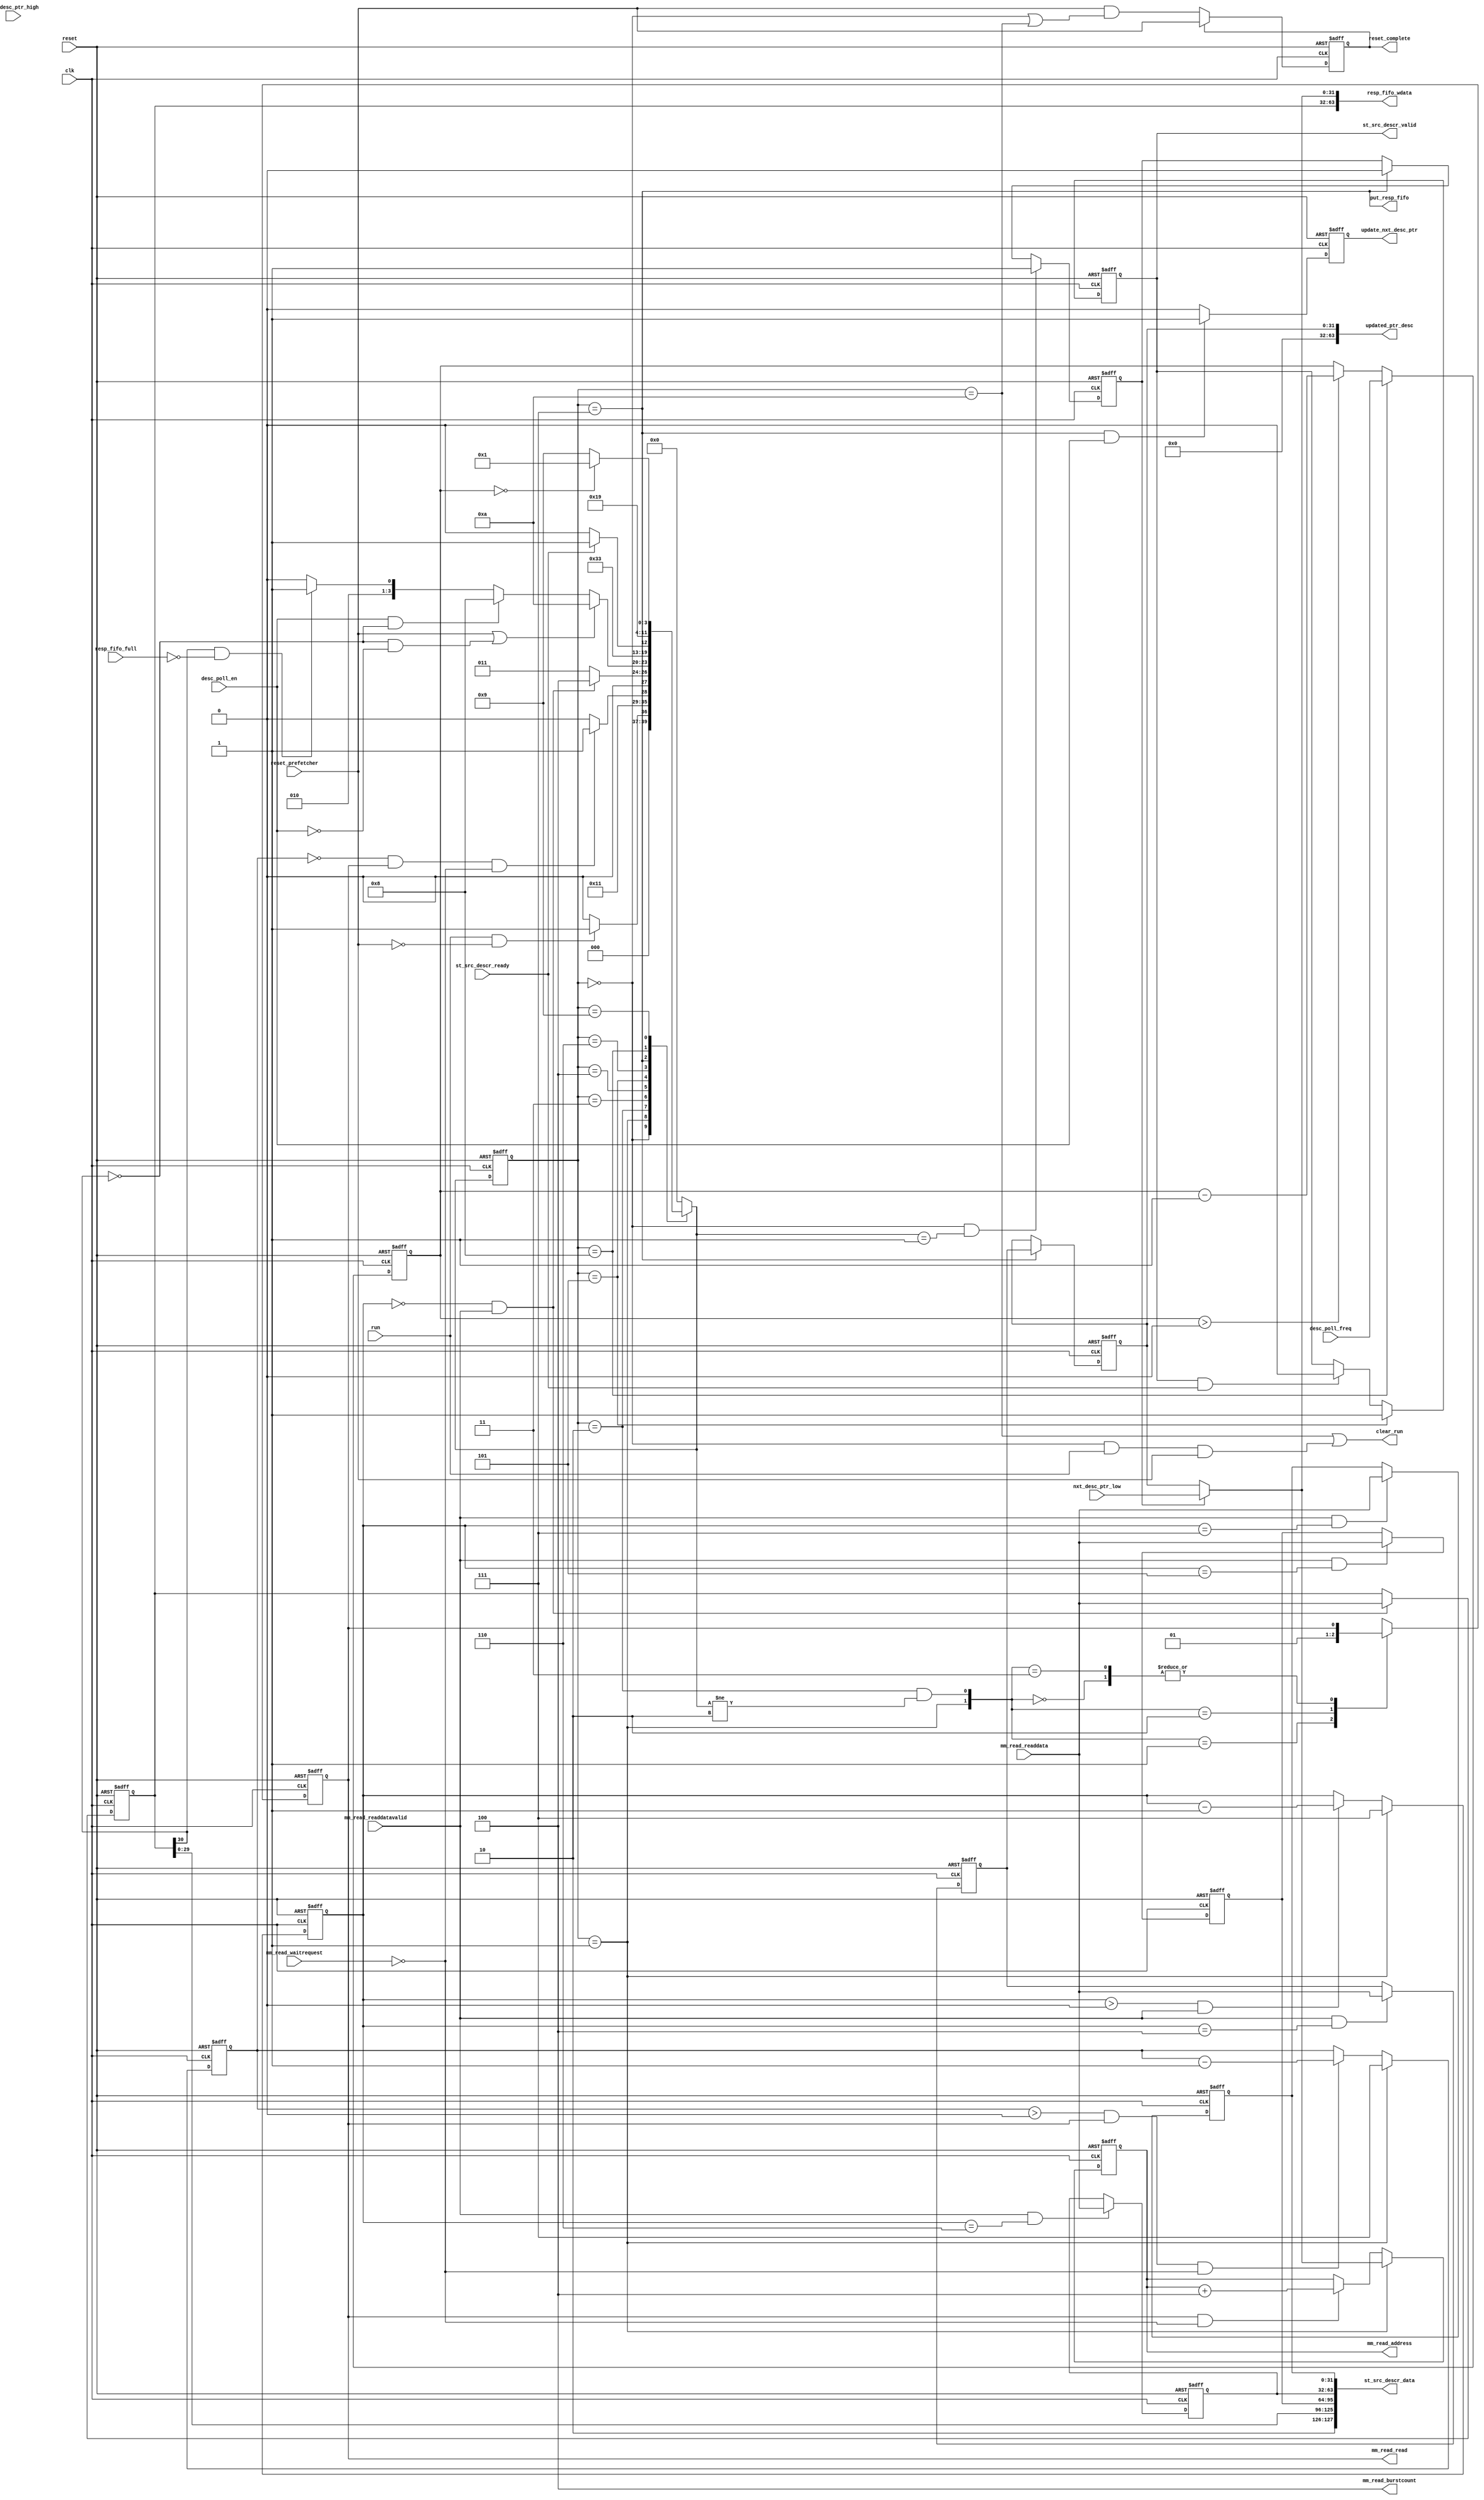
// (C) 2001-2020 Intel Corporation. All rights reserved.
// Your use of Intel Corporation's design tools, logic functions and other 
// software and tools, and its AMPP partner logic functions, and any output 
// files from any of the foregoing (including device programming or simulation 
// files), and any associated documentation or information are expressly subject 
// to the terms and conditions of the Intel Program License Subscription 
// Agreement, Intel FPGA IP License Agreement, or other applicable 
// license agreement, including, without limitation, that your use is for the 
// sole purpose of programming logic devices manufactured by Intel and sold by 
// Intel or its authorized distributors.  Please refer to the applicable 
// agreement for further details.


// synthesis translate_off
`timescale 1ns / 1ps
// synthesis translate_on

module altera_msgdma_prefetcher_read #(
    parameter ENHANCED_FEATURES = 0,
    parameter ENABLE_READ_BURST = 0,
    parameter MAX_READ_BURST_COUNT = 4,
    parameter MAX_READ_BURST_COUNT_WIDTH = 3,
    parameter DATA_WIDTH = 32,
    parameter ADDRESS_WIDTH = 32,
    parameter DESCRIPTOR_WIDTH = 128,
    parameter RESPONSE_FIFO_WIDTH = 64

) (
    input                                           clk,
    input                                           reset,

    input [DATA_WIDTH-1:0]                          mm_read_readdata,
    input                                           mm_read_waitrequest,
    input                                           mm_read_readdatavalid,
    output reg [ADDRESS_WIDTH-1:0]                  mm_read_address,
    output reg                                      mm_read_read,
    output [MAX_READ_BURST_COUNT_WIDTH-1:0]         mm_read_burstcount,

    input                                           st_src_descr_ready,
    output reg                                      st_src_descr_valid,
    output [DESCRIPTOR_WIDTH-1:0]                   st_src_descr_data,

    input                                           resp_fifo_full,
    output                                          put_resp_fifo,
    output [RESPONSE_FIFO_WIDTH-1:0]                resp_fifo_wdata,

    input                                           run,
    input                                           reset_prefetcher,
    input [31:0]                                    nxt_desc_ptr_low,
    input [31:0]                                    nxt_desc_ptr_high,
    input                                           desc_poll_en,
    input [15:0]                                    desc_poll_freq,
    output                                          clear_run,
    output reg                                      update_nxt_desc_ptr,
    output [63:0]                                   updated_ptr_desc,
    output reg                                      reset_complete

);



// y = log2(x)
function integer log2;
    input integer x;
    begin
        x = x-1;
        for(log2=0; x>0; log2=log2+1)
            x = x>>1;
    end
endfunction


localparam PREFETCHER_DESCRIPTOR_WIDTH  = DESCRIPTOR_WIDTH * 2;
localparam NUM_RD_REQ                   = (ENABLE_READ_BURST == 1) ? (PREFETCHER_DESCRIPTOR_WIDTH / (DATA_WIDTH * MAX_READ_BURST_COUNT)) : (PREFETCHER_DESCRIPTOR_WIDTH / DATA_WIDTH);
localparam NUM_TOTAL_BURST_BEAT         = PREFETCHER_DESCRIPTOR_WIDTH / DATA_WIDTH;
localparam RD_REQ_CNT_WIDTH             = (NUM_RD_REQ == 1) ? 1 : log2(NUM_RD_REQ);
localparam BURST_BEAT_CNT_WIDTH         = (NUM_TOTAL_BURST_BEAT == 1) ? 1 : log2(NUM_TOTAL_BURST_BEAT);
localparam RD_ADDR_INCR                 = (ENABLE_READ_BURST == 1) ? ((DATA_WIDTH * MAX_READ_BURST_COUNT) / 8) : (DATA_WIDTH / 8);
localparam DESCRIPTOR_DEPTH             = PREFETCHER_DESCRIPTOR_WIDTH / DATA_WIDTH;



reg [3:0]                       ctrl_state;
reg [3:0]                       ctrl_state_nxt;
reg                             mm_read_read_nxt;
reg [RD_REQ_CNT_WIDTH-1:0]      rd_req_cnt;
reg [RD_REQ_CNT_WIDTH-1:0]      rd_req_cnt_nxt;
reg [BURST_BEAT_CNT_WIDTH-1:0]  rd_burst_cnt;
reg [BURST_BEAT_CNT_WIDTH-1:0]  rd_burst_cnt_nxt;
reg [ADDRESS_WIDTH-1:0]         ptr_desc;
reg [DATA_WIDTH-1:0]            descriptor_internal [0:DESCRIPTOR_DEPTH-1];
reg [15:0]                      poll_cnt;
reg [15:0]                      poll_cnt_nxt;
reg                             load_from_ptr_reg;


wire                                rd_wait_done;
wire                                rd_pend_done;
wire                                poll_wait_done;
wire                                owned_by_hardware;
wire                                set_mm_read_read;
wire                                clr_mm_read_read;
wire [63:0]                         ptr_reg;
wire                                load_ptr_reg;
wire [ADDRESS_WIDTH-1:0]            ptr_desc_nxt;
wire [ADDRESS_WIDTH-1:0]            nxt_desc_ptr_to_fifo_unmask;
wire [RESPONSE_FIFO_WIDTH-33:0]     nxt_desc_ptr_to_fifo;
wire                                poll_load_state;
wire                                wr_req_state;
wire                                rd_req_state;
wire                                clr_run_state;
wire                                idle_state;
wire                                wr_done_state;
wire                                reset_complete_nxt;

localparam [3:0]    IDLE        = 4'b0000; 
localparam [3:0]    RD_REQ      = 4'b0001; 
localparam [3:0]    RD_WAIT     = 4'b0010; 
localparam [3:0]    RD_PEND     = 4'b0011; 
localparam [3:0]    RD_DONE     = 4'b0100; 
localparam [3:0]    WR_REQ      = 4'b0101; 
localparam [3:0]    WR_WAIT     = 4'b0110; 
localparam [3:0]    WR_DONE     = 4'b0111; 
localparam [3:0]    POLL_LOAD   = 4'b1000; 
localparam [3:0]    POLL_WAIT   = 4'b1001; 
localparam [3:0]    CLR_RUN     = 4'b1010; 



//--------------------------------------------------------------------------------------------//
// Main FSM
//--------------------------------------------------------------------------------------------//
always @(posedge clk or posedge reset) begin
    if (reset)
        ctrl_state  <= IDLE;
    else
        ctrl_state  <= ctrl_state_nxt;
end



always @* begin
    case (ctrl_state)
        IDLE: begin
            if (run & ~reset_prefetcher)
                ctrl_state_nxt  = RD_REQ;
            else
                ctrl_state_nxt  = IDLE;
        end

        RD_REQ: begin
            ctrl_state_nxt  = RD_WAIT;
        end
        
        RD_WAIT: begin
            if (rd_wait_done)
                ctrl_state_nxt  = RD_PEND;
            else
                ctrl_state_nxt  = RD_WAIT;
        end

        RD_PEND: begin
            if (rd_pend_done)
                ctrl_state_nxt  = RD_DONE;
            else
                ctrl_state_nxt  = RD_PEND;
        end

        RD_DONE: begin
            if (reset_prefetcher | (~owned_by_hardware & ~desc_poll_en)) // The completion of read request will be the point where reset_prefetcher takes effects
                ctrl_state_nxt  = CLR_RUN;
            else if (desc_poll_en & ~owned_by_hardware)
                ctrl_state_nxt  = POLL_LOAD;
            else if (owned_by_hardware & ~resp_fifo_full)
                ctrl_state_nxt  = WR_REQ;
            else
                ctrl_state_nxt  = RD_DONE;
        end

        WR_REQ: begin
            ctrl_state_nxt  = WR_WAIT;
        end

        WR_WAIT: begin
            if (st_src_descr_ready)
                ctrl_state_nxt  = WR_DONE;
            else
                ctrl_state_nxt  = WR_WAIT;
        end
        
        WR_DONE: begin
            ctrl_state_nxt  = RD_REQ;
        end

        POLL_LOAD: begin
            ctrl_state_nxt  = POLL_WAIT;
        end

        POLL_WAIT: begin
            if (poll_wait_done)
                ctrl_state_nxt  = RD_REQ;
            else
                ctrl_state_nxt  = POLL_WAIT;
        end

        CLR_RUN: begin
            ctrl_state_nxt  = IDLE;
        end

        default: begin
            ctrl_state_nxt  = IDLE;
        end

    endcase
end



//--------------------------------------------------------------------------------------------//
// RD REQ Counter
//--------------------------------------------------------------------------------------------//
always @(posedge clk or posedge reset) begin
    if (reset)
        rd_req_cnt  <= 0;
    else
        rd_req_cnt  <= rd_req_cnt_nxt;
end

always @* begin
    if (set_mm_read_read)
        rd_req_cnt_nxt = (NUM_RD_REQ - 1);
    else if ((rd_req_cnt > 0) & mm_read_read & ~mm_read_waitrequest)
        rd_req_cnt_nxt = rd_req_cnt - 1;
    else
        rd_req_cnt_nxt = rd_req_cnt;
end



//--------------------------------------------------------------------------------------------//
// RD BURST BEAT Counter
//--------------------------------------------------------------------------------------------//
always @(posedge clk or posedge reset) begin
    if (reset)
        rd_burst_cnt    <= 0;
    else
        rd_burst_cnt    <= rd_burst_cnt_nxt;
end

always @* begin
    if (set_mm_read_read)
        rd_burst_cnt_nxt = (NUM_TOTAL_BURST_BEAT - 1);
    else if ((rd_burst_cnt > 0) & mm_read_readdatavalid)
        rd_burst_cnt_nxt = rd_burst_cnt - 1;
    else
        rd_burst_cnt_nxt = rd_burst_cnt;
end



//--------------------------------------------------------------------------------------------//
// Descriptor Poll Counter
//--------------------------------------------------------------------------------------------//
always @(posedge clk or posedge reset) begin
    if (reset)
        poll_cnt    <= 0;
    else
        poll_cnt    <= poll_cnt_nxt;
end

always @* begin
    if (poll_load_state)
        poll_cnt_nxt = desc_poll_freq;
    else if (poll_cnt > 0)
        poll_cnt_nxt = poll_cnt - 1;
    else
        poll_cnt_nxt = poll_cnt;
end



//--------------------------------------------------------------------------------------------//
// Avalon MM Read descriptor registers
//--------------------------------------------------------------------------------------------//
always @(posedge clk or posedge reset) begin
    if (reset)
        mm_read_read    <= 1'b0;
    else
        mm_read_read    <= mm_read_read_nxt;
end

always @* begin
    case ({set_mm_read_read, clr_mm_read_read})
        2'b00: mm_read_read_nxt     = mm_read_read;
        2'b01: mm_read_read_nxt     = 1'b0;
        2'b10: mm_read_read_nxt     = 1'b1;
        2'b11: mm_read_read_nxt     = mm_read_read;
        default: mm_read_read_nxt   = 1'b0;
    endcase
end



always @(posedge clk or posedge reset) begin
    if (reset)
        mm_read_address <= 0;
    else if (set_mm_read_read)
        mm_read_address <= (load_from_ptr_reg ? ptr_reg[ADDRESS_WIDTH-1:0] : ptr_desc[ADDRESS_WIDTH-1:0]);
    else if (mm_read_read & ~mm_read_waitrequest)
        mm_read_address <= mm_read_address + RD_ADDR_INCR;
    else
        mm_read_address <= mm_read_address;
end

assign mm_read_burstcount = MAX_READ_BURST_COUNT;   // If read burst mode is disabled, this signal is not exported out at mSGDMA top level 




//--------------------------------------------------------------------------------------------//
// Descriptor internal register
//--------------------------------------------------------------------------------------------//
genvar i;
generate
    for (i=0; i<DESCRIPTOR_DEPTH; i=i+1) begin : descriptor_array_loop
        always @(posedge clk or posedge reset) begin
            if (reset)
                descriptor_internal[DESCRIPTOR_DEPTH-1-i] <= {DATA_WIDTH{1'b0}};
            else if (mm_read_readdatavalid & (rd_burst_cnt == i))
                descriptor_internal[DESCRIPTOR_DEPTH-1-i] <= mm_read_readdata;
        end
    end
endgenerate


always @(posedge clk or posedge reset) begin
    if (reset)
        ptr_desc    <= 0;
    else if (wr_done_state)
        ptr_desc    <= ptr_desc_nxt;
    else
        ptr_desc    <= ptr_desc;
end


always @(posedge clk or posedge reset) begin
    if (reset)
        update_nxt_desc_ptr     <= 1'b0;
    else if (wr_done_state & desc_poll_en)
        update_nxt_desc_ptr     <= 1'b1;
    else
        update_nxt_desc_ptr     <= 1'b0;
end

generate
if (ADDRESS_WIDTH == 64) begin
    assign updated_ptr_desc = ptr_desc;
end
else begin
    assign updated_ptr_desc = {{(64 - ADDRESS_WIDTH){1'b0}}, ptr_desc};
end
endgenerate


always @(posedge clk or posedge reset) begin
    if (reset)
        load_from_ptr_reg   <= 1'b0;
    else if (load_ptr_reg)
        load_from_ptr_reg   <= 1'b1;
    else if (wr_done_state)
        load_from_ptr_reg   <= 1'b0;
end

assign nxt_desc_ptr_to_fifo_unmask = load_from_ptr_reg ? ptr_reg[ADDRESS_WIDTH-1:0] : ptr_desc; 

generate
if (ENHANCED_FEATURES) begin
    if (ADDRESS_WIDTH == 64) begin
        assign nxt_desc_ptr_to_fifo = nxt_desc_ptr_to_fifo_unmask;
    end
    else begin
        assign nxt_desc_ptr_to_fifo = {{(64 - ADDRESS_WIDTH){1'b0}}, nxt_desc_ptr_to_fifo_unmask};
    end
end
else begin
    if (ADDRESS_WIDTH == 32) begin
        assign nxt_desc_ptr_to_fifo = nxt_desc_ptr_to_fifo_unmask;
    end
    else begin
        assign nxt_desc_ptr_to_fifo = {{(32 - ADDRESS_WIDTH){1'b0}}, nxt_desc_ptr_to_fifo_unmask};
    end
end
endgenerate


//--------------------------------------------------------------------------------------------//
// Avalon ST Write Dispatcher registers
//--------------------------------------------------------------------------------------------//
always @(posedge clk or posedge reset) begin
    if (reset)
        st_src_descr_valid  <= 1'b0;
    else if (wr_req_state)
        st_src_descr_valid  <= 1'b1;
    else if (st_src_descr_valid & st_src_descr_ready)
        st_src_descr_valid  <= 1'b0;
    else
        st_src_descr_valid  <= st_src_descr_valid;
end




//--------------------------------------------------------------------------------------------//
// Reset Prefetcher Complete bit
//--------------------------------------------------------------------------------------------//
always @(posedge clk or posedge reset) begin
    if (reset)
        reset_complete  <= 1'b0;
    else
        reset_complete  <= reset_complete_nxt;
end

assign reset_complete_nxt = reset_complete ? reset_prefetcher : (reset_prefetcher & (idle_state | clr_run_state));




//--------------------------------------------------------------------------------------------//
// Combinatorial assignment
//--------------------------------------------------------------------------------------------//
assign rd_req_state         = (ctrl_state == RD_REQ);
assign poll_load_state      = (ctrl_state == POLL_LOAD);
assign wr_req_state         = (ctrl_state == WR_REQ);
assign clr_run_state        = (ctrl_state == CLR_RUN);
assign idle_state           = (ctrl_state == IDLE);
assign wr_done_state        = (ctrl_state == WR_DONE); 

assign set_mm_read_read     = rd_req_state;
assign clr_mm_read_read     = (ctrl_state == RD_WAIT) & (ctrl_state_nxt != RD_WAIT);
assign load_ptr_reg         = (ctrl_state == IDLE) & (ctrl_state_nxt == RD_REQ);

assign ptr_reg              = {nxt_desc_ptr_high, nxt_desc_ptr_low};

assign rd_wait_done         = (rd_req_cnt == 0) & mm_read_read & ~mm_read_waitrequest;      
assign rd_pend_done         = (rd_burst_cnt == 0) & mm_read_readdatavalid;
assign poll_wait_done       = (poll_cnt == 0);
assign clear_run            = clr_run_state | (idle_state & run & reset_prefetcher);
assign put_resp_fifo        = wr_done_state;

generate
if (ENHANCED_FEATURES) begin

    if (DATA_WIDTH == 32) begin
        assign ptr_desc_nxt         = {descriptor_internal[11][31:0], descriptor_internal[3][31:0]};
        assign owned_by_hardware    = descriptor_internal[15][30];
        assign st_src_descr_data    = {2'b10, descriptor_internal[15][29:0], descriptor_internal[10][31:0], descriptor_internal[9][31:0], descriptor_internal[8][31:0], descriptor_internal[7][31:0], descriptor_internal[2][31:0], descriptor_internal[1][31:0], descriptor_internal[0][31:0]};
        assign resp_fifo_wdata      = {descriptor_internal[15][31:0], nxt_desc_ptr_to_fifo};
    end
    else if (DATA_WIDTH == 64) begin
        assign ptr_desc_nxt         = {descriptor_internal[5][63:32], descriptor_internal[1][63:32]};
        assign owned_by_hardware    = descriptor_internal[7][62];
        assign st_src_descr_data    = {2'b10, descriptor_internal[7][61:32], descriptor_internal[5][31:0], descriptor_internal[4][63:0], descriptor_internal[3][63:32], descriptor_internal[1][31:0], descriptor_internal[0][63:0]};
        assign resp_fifo_wdata      = {descriptor_internal[7][63:32], nxt_desc_ptr_to_fifo};
    end
    else if (DATA_WIDTH == 128) begin
        assign ptr_desc_nxt         = {descriptor_internal[2][127:96], descriptor_internal[0][127:96]};
        assign owned_by_hardware    = descriptor_internal[3][126];
        assign st_src_descr_data    = {2'b10, descriptor_internal[3][125:96], descriptor_internal[2][95:0], descriptor_internal[1][127:96], descriptor_internal[0][95:0]};
        assign resp_fifo_wdata      = {descriptor_internal[3][127:96], nxt_desc_ptr_to_fifo};
    end
    else if (DATA_WIDTH == 256) begin
        assign ptr_desc_nxt         = {descriptor_internal[1][127:96], descriptor_internal[0][127:96]};
        assign owned_by_hardware    = descriptor_internal[1][254];
        assign st_src_descr_data    = {2'b10, descriptor_internal[1][253:224], descriptor_internal[1][95:0], descriptor_internal[0][255:224], descriptor_internal[0][95:0]};
        assign resp_fifo_wdata      = {descriptor_internal[1][255:224], nxt_desc_ptr_to_fifo};
    end
    else if (DATA_WIDTH == 512) begin
        assign ptr_desc_nxt         = {descriptor_internal[0][383:352], descriptor_internal[0][127:96]};
        assign owned_by_hardware    = descriptor_internal[0][510];
        assign st_src_descr_data    = {2'b10, descriptor_internal[0][509:480], descriptor_internal[0][351:224], descriptor_internal[0][95:0]};
        assign resp_fifo_wdata      = {descriptor_internal[0][511:480], nxt_desc_ptr_to_fifo};
    end
end
else begin
    
    if (DATA_WIDTH == 32) begin
        assign ptr_desc_nxt         = descriptor_internal[3][31:0];
        assign owned_by_hardware    = descriptor_internal[7][30];
        assign st_src_descr_data    = {2'b10, descriptor_internal[7][29:0], descriptor_internal[2][31:0], descriptor_internal[1][31:0], descriptor_internal[0][31:0]};
        assign resp_fifo_wdata      = {descriptor_internal[7][31:0], nxt_desc_ptr_to_fifo};
    end
    else if (DATA_WIDTH == 64) begin
        assign ptr_desc_nxt         = descriptor_internal[1][63:32];
        assign owned_by_hardware    = descriptor_internal[3][62];
        assign st_src_descr_data    = {2'b10, descriptor_internal[3][61:32], descriptor_internal[1][31:0], descriptor_internal[0][63:0]};
        assign resp_fifo_wdata      = {descriptor_internal[3][63:32], nxt_desc_ptr_to_fifo};
    end
    else if (DATA_WIDTH == 128) begin
        assign ptr_desc_nxt         = descriptor_internal[0][127:96];
        assign owned_by_hardware    = descriptor_internal[1][126];
        assign st_src_descr_data    = {2'b10, descriptor_internal[1][125:96], descriptor_internal[0][95:0]};
        assign resp_fifo_wdata      = {descriptor_internal[1][127:96], nxt_desc_ptr_to_fifo};
    end
    else if (DATA_WIDTH == 256) begin
        assign ptr_desc_nxt         = descriptor_internal[0][127:96];
        assign owned_by_hardware    = descriptor_internal[0][254];
        assign st_src_descr_data    = {2'b10, descriptor_internal[0][253:224], descriptor_internal[0][95:0]};
        assign resp_fifo_wdata      = {descriptor_internal[0][255:224], nxt_desc_ptr_to_fifo};
    end
end
endgenerate



endmodule